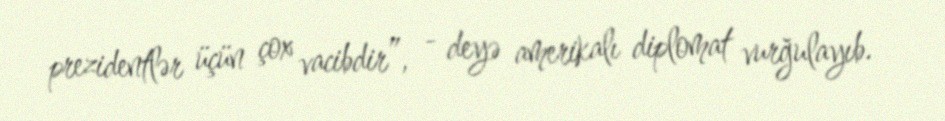
prezidentlər üçün çox vacibdir”, - deyə amerikalı diplomat vurğulayıb.